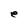
Character: e